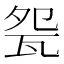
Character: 㼝